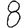
Digit: 8